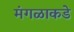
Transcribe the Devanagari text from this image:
मंगळाकडे